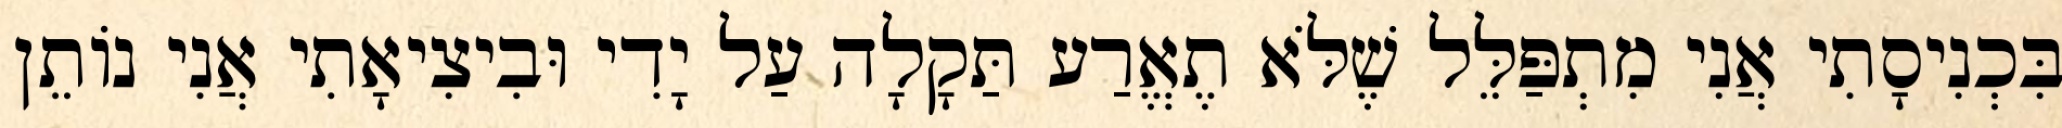
בִּכְנִיסָתִי אֲנִי מִתְפַּלֵּל שֶׁלֹּא תֶאֱרַע תַּקָלָה עַל יָדִי וּבִיצִיאָתִי אֲנִי נוֹתֵן